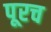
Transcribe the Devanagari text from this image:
पूरच